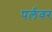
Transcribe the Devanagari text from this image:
पर्लवर